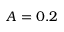
A = 0 . 2